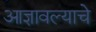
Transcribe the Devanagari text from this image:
आज्ञावल्याचे